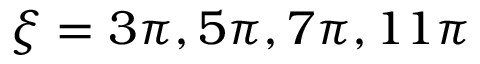
\xi = 3 \pi , 5 \pi , 7 \pi , 1 1 \pi